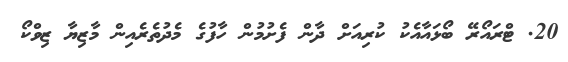
20. ޓްރައޯރޭ ބޯޅައާއެކު ކުރިއަށް ދާން ފެށުމުން ހާފުގެ މެދުތެރެއިން މާޒިޔާ ޒިވްކޯ